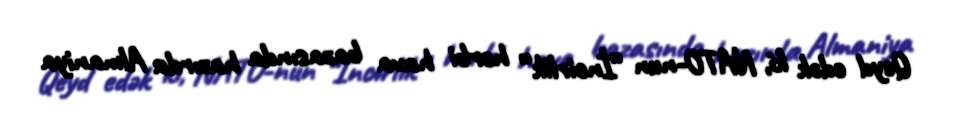
Qeyd edək ki, NATO-nun “İncirlik” hərbi hava bazasında hazırda Almaniya